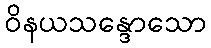
ဝိနယသန္ဒောသော